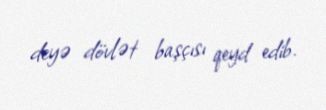
deyə dövlət başçısı qeyd edib.